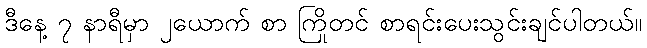
ဒီနေ့ ၇ နာရီမှာ ၂ယောက် စာ ကြိုတင် စာရင်းပေးသွင်းချင်ပါတယ်။